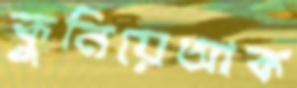
কুনিয়েআক